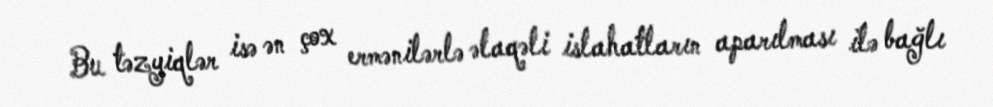
Bu təzyiqlər isə ən çox ermənilərlə əlaqəli islahatların aparılması ilə bağlı